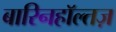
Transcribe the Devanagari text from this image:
बारिनहाॅल्तज़